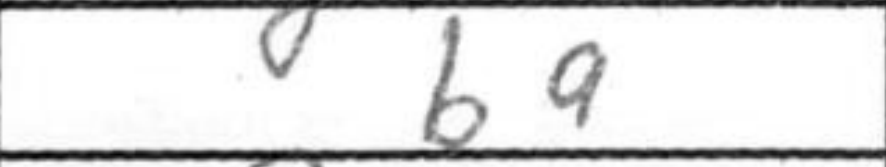
Transcription: ba